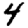
Digit: 4